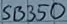
Text: SB350